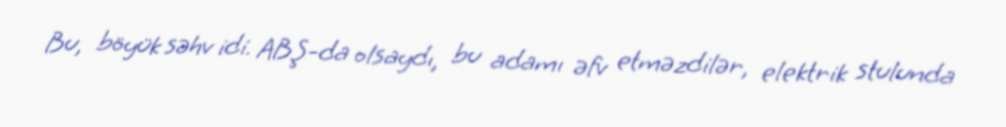
Bu, böyük səhv idi. ABŞ-da olsaydı, bu adamı əfv etməzdilər, elektrik stulunda